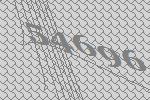
54696